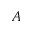
A